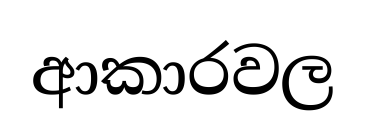
ආකාරවල